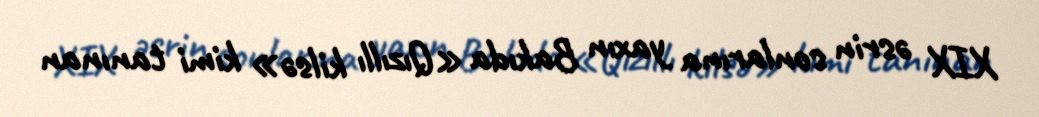
XIX əsrin sonlarına yaxın Bakıda «Qızıllı kilsə» kimi tanınan